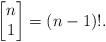
LaTeX: \begin{align*}\left [ \begin{matrix}n\\ 1\end{matrix}\right]=(n-1)!.\end{align*}